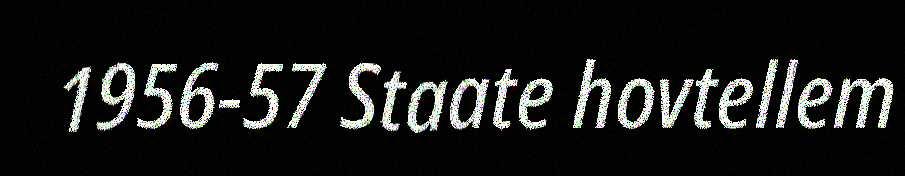
1956-57 Staate hovtellem